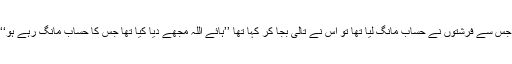
یہ ملک بعض اوقات اس کھسرے جیسامحسوس ہونے لگتا ہے جس سے فرشتوں نے حساب مانگ لیا تھا تو اس نے تالی بجا کر کہا تھا ’’ہائے اللہ مجھے دیا کیا تھا جس کا حساب مانگ رہے ہو‘‘ ہم نے آخر کیا لیا ہے جس کا ہم حساب لے اور دے رہے ہیں؟